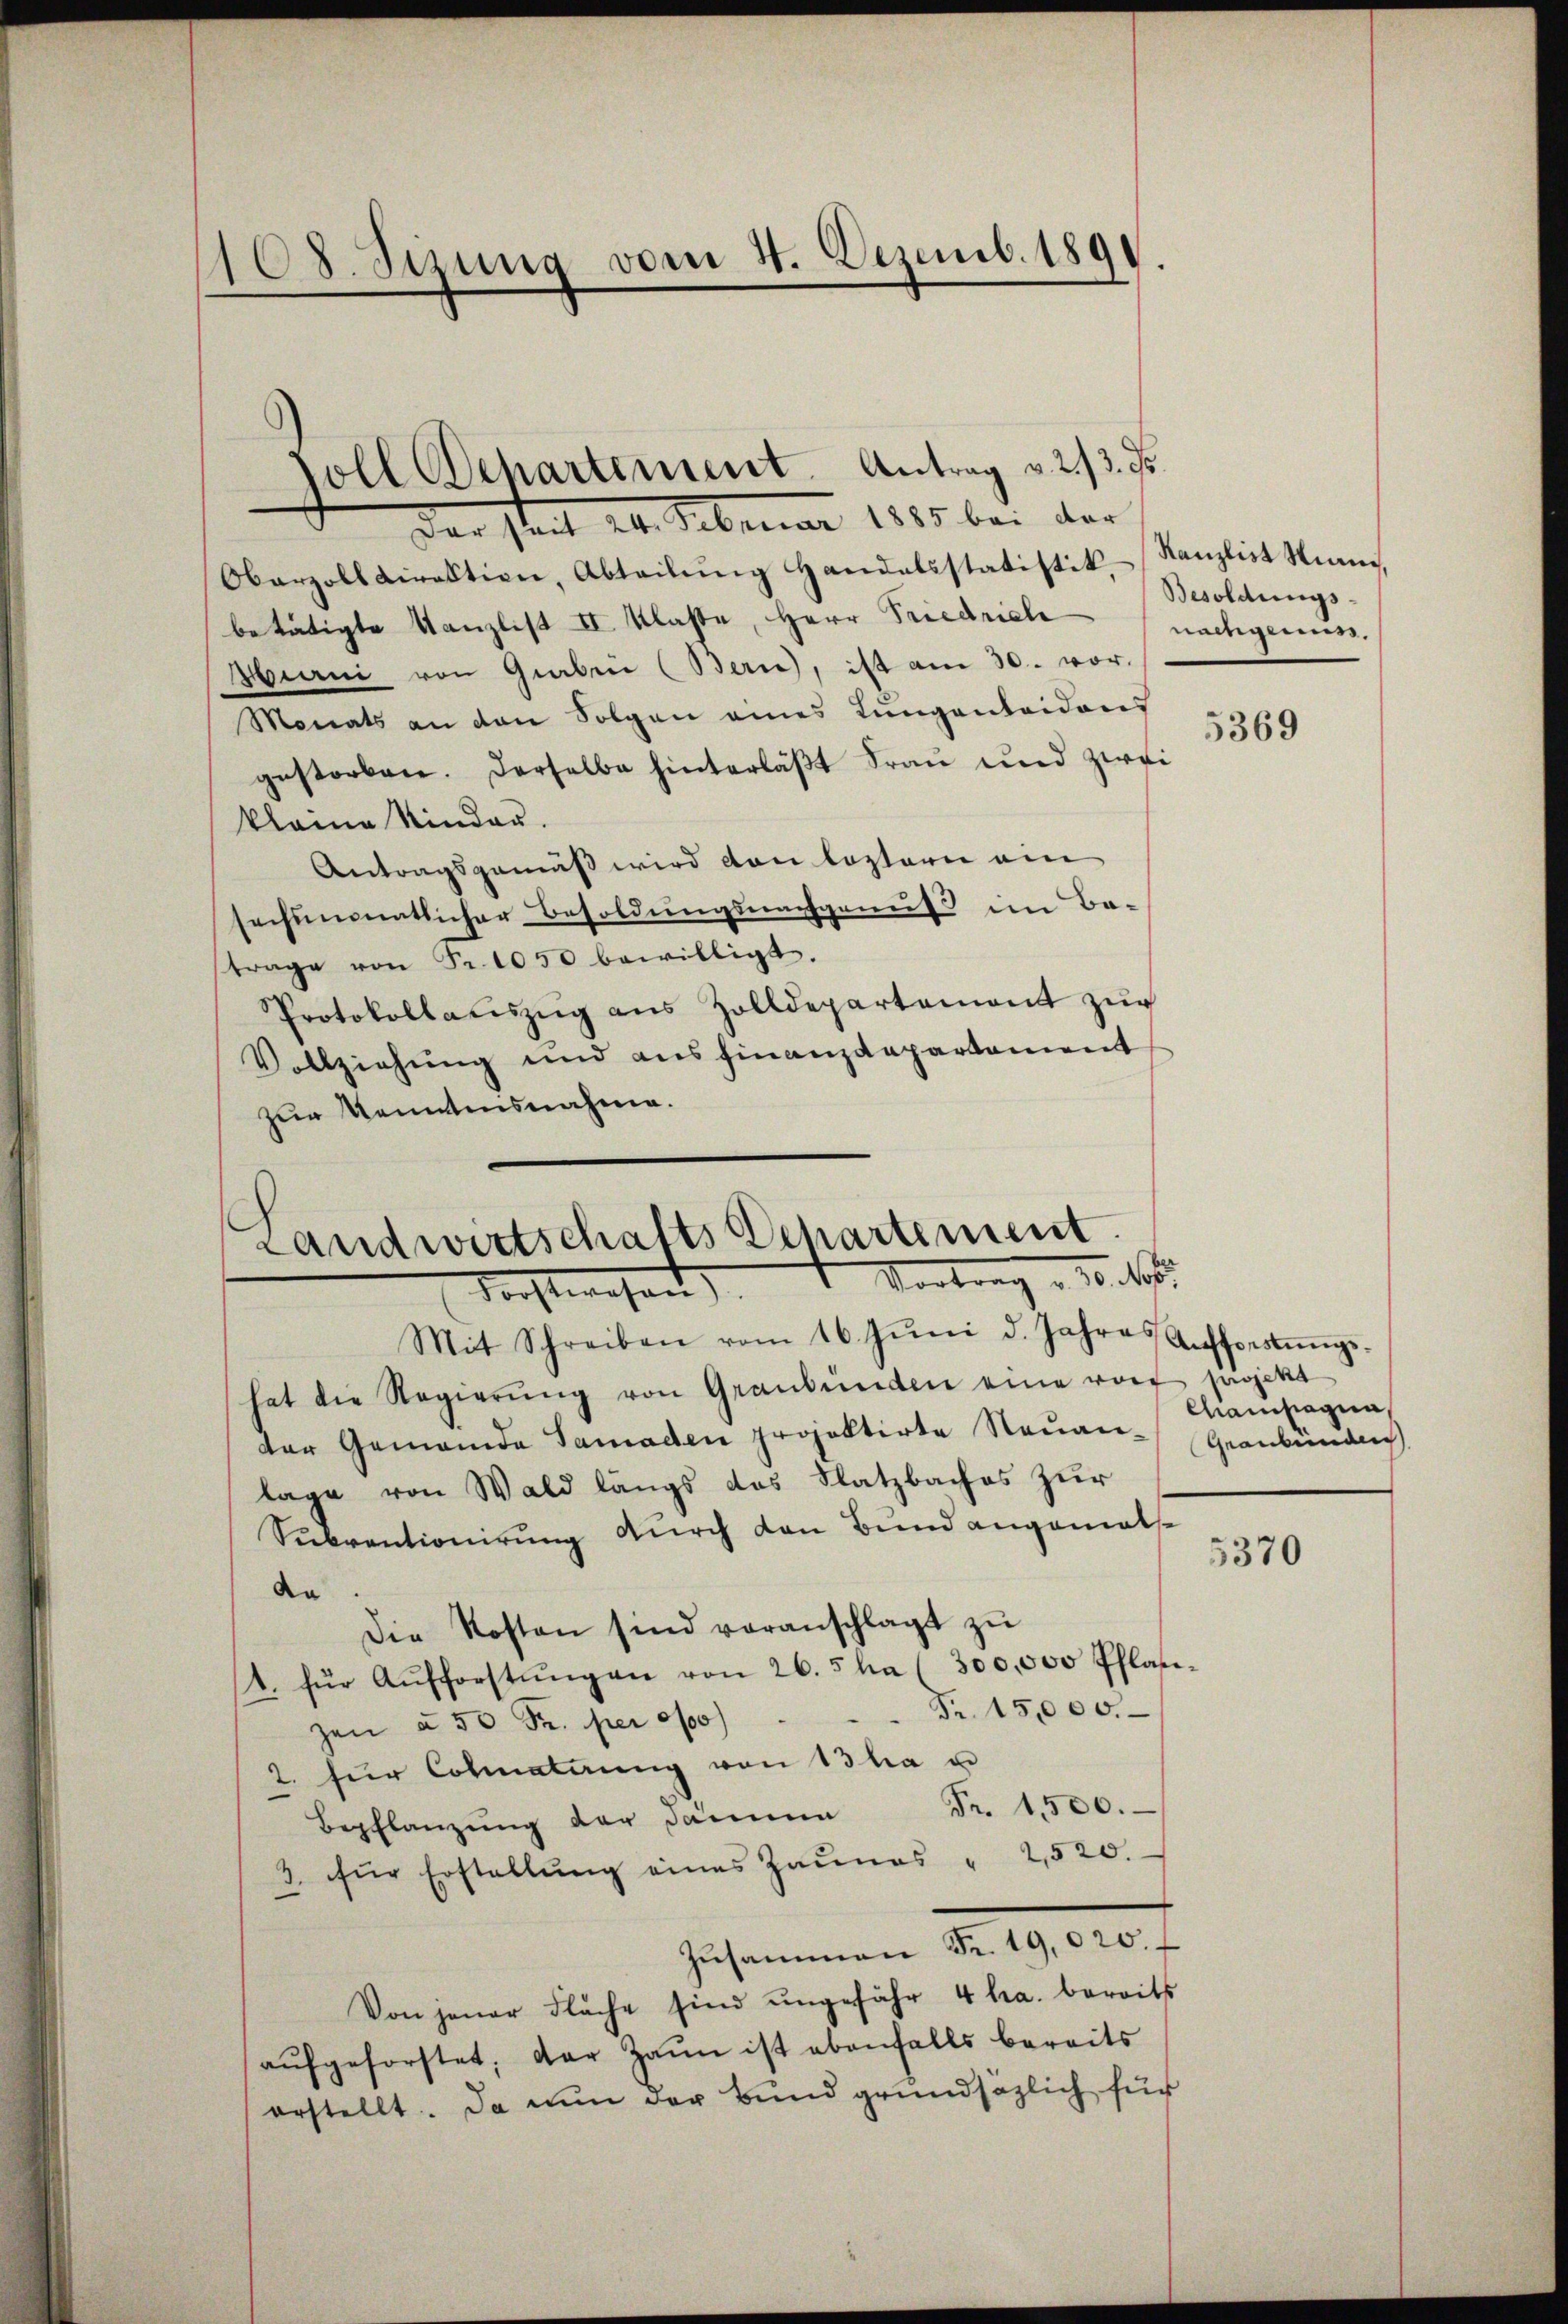
108. Sizung vom 4. Dezemb. 189

Der Seit 24. Februar 1885 bei der
Obarzolldirektion, Abteilŭng Handelsstatistik. Kanzlist Ni
betätigte Kanzlist II Klasse, Herr Friedrich
Hiani von Graben (Bern), ist am 30. vor.
Monats an den Folgen eines Lungentaidons
gestorben. Derselbe hinterläßt Frau und zwei
kleine Kinder.
Antragsgemäß wird von losterie ein
sechsmonatlicher Besoldungsnachgenuss im Be-
trage von Fr. 1050 bewilligt.
Protokollauszug aus Zolldepartement zŭr
Vollziehung und ausfinanzdepartament
zur Kenntnisnahme.
Mit Schreiben vom 16. Jŭni d. Jahre Aufforstŭngs-
hat die Regierŭng von Graubünden eine voit projekt
der Gemeinde Samaden projektirte Neŭan- Graubünde
lage von Wald längs das Platzbaches zur
Subventionirung durch den Bund angemathda
Die Kosten sind voranschlagt zŭ
4. für Aŭfforstŭng an von 26. 5 ha (300,000 Pflan-
Fr. 15,000.
zen à 50 Fr. per of
2. für Colmaterung von 13 ha u
Bepflanzŭng der Dämme Fr. 1500.
3. für Erstellŭng eines Zaunes " 2,520.
Zusammen Fr. 19,020.
Von jener Fläche sind ungefähr 4 ha. bereits
aŭfgeforstet, der Zaun ist ebenfalls bereits
erstellt. Da nun der Bund grundsätzlich für

soll Departement. Antrag v. 213. ds.

Landwirtschafts Departement
Vortrag u. 10. N
Forstwesen

Besoldungs-
nachgenen,

5369

Chaisagia,

5370